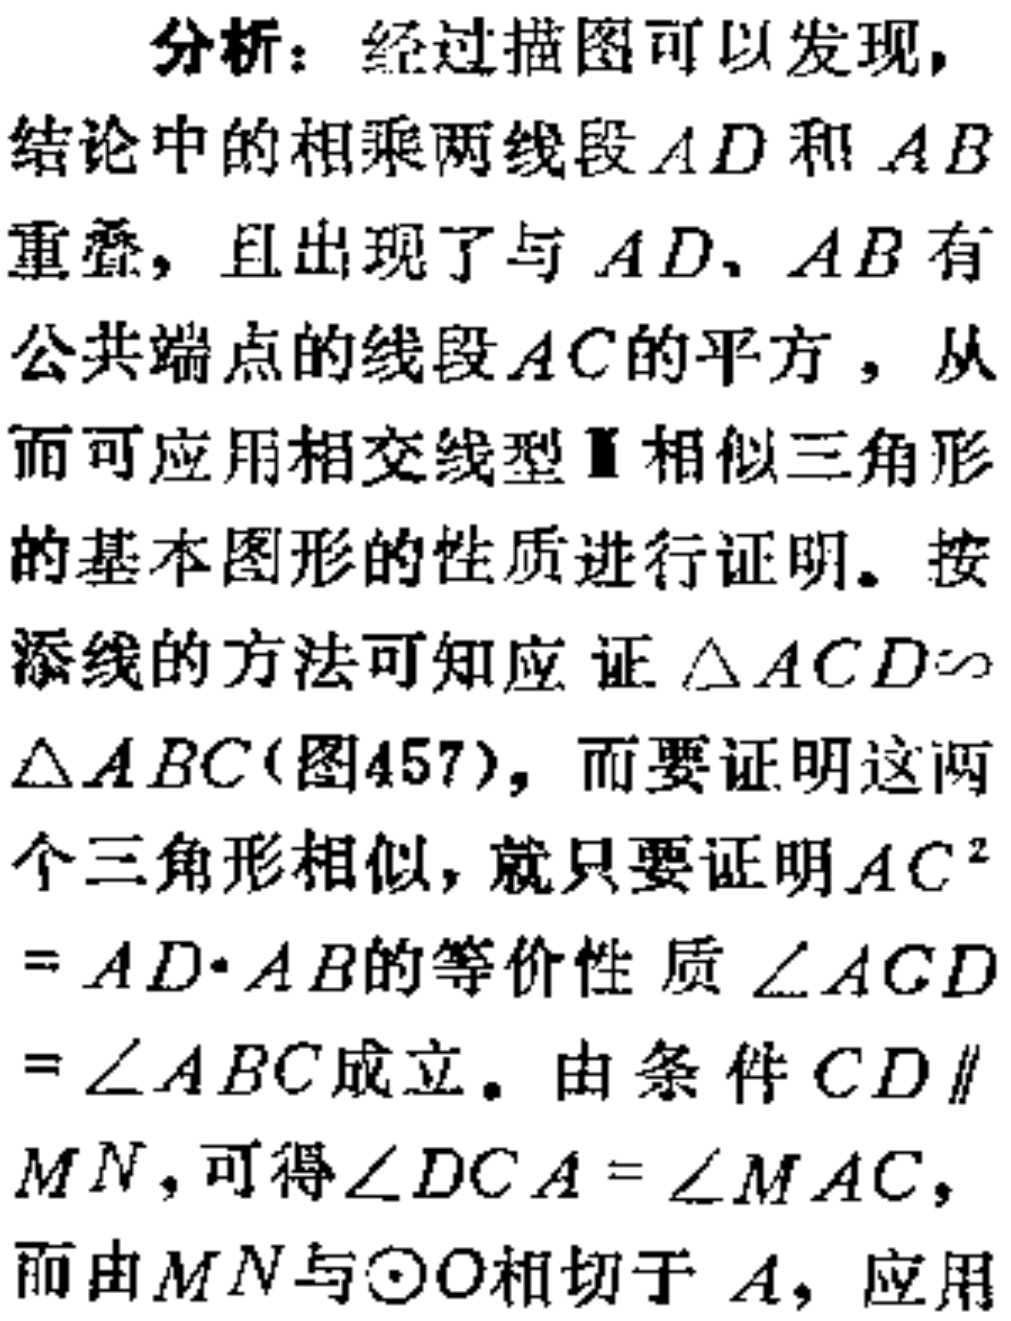
分析：经过描图可以发现，
结论中的相乘两线段\(AD\)和\(AB\)
重叠，且出现了与\(AD\)、\(AB\)有
公共端点的线段\(AC\)的平方，从
而可应用相交线型Ⅱ相似三角形
的基本图形的性质进行证明。按
添线的方法可知应证\(\triangle ACD\sim\)
\(\triangle ABC\)(图457)，而要证明这两
个三角形相似，就只要证明\(AC^{2}\)
\(=AD\cdot AB\)的等价性质\(\angle ACD\)
\(=\angle ABC\)成立。由条件\(CD\parallel\)
\(MN\)，可得\(\angle DCA = \angle MAC\)，
而由\(MN\)与\(\odot O\)相切于\(A\)，应用